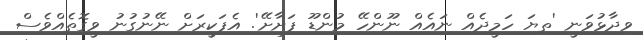
ވިދާޅުވަނީ 'ތިޔަ ހަމީދެއް ނައެއް ނޫންހޭ މުންޑޫ ފަށާށޭ'. އެފަކީރަށް ނޭނުގުނު ވީގޮތެއްވެސް